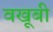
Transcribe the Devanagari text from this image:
वखूबी